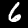
Label: 6